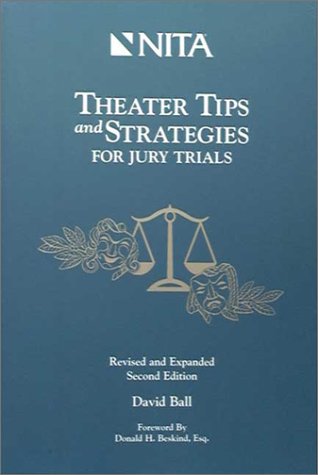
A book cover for Theater Tips and Strategies for Jury Trials; David Ball; Law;